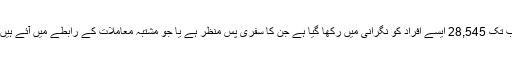
اب تک 28,545 ایسے اَفراد کو نگرانی میں رکھا گیا ہے جن کا سفری پس منظر ہے یا جو مشتبہ معاملات کے رابطے میں آئے ہیں ۔